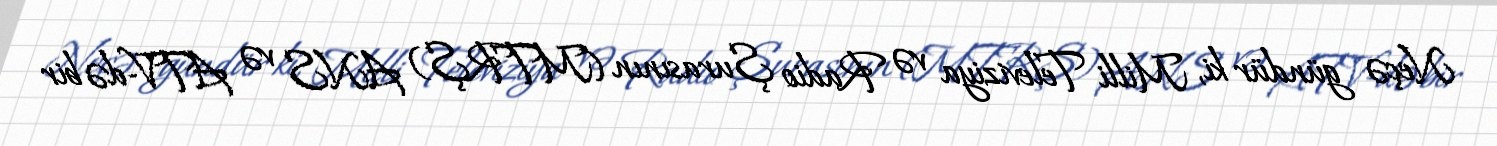
Neçə gündür ki, Milli Televiziya və Radio Şurasının (MTRŞ) ANS və ATV-də bir